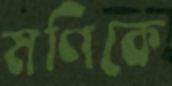
মণিকে